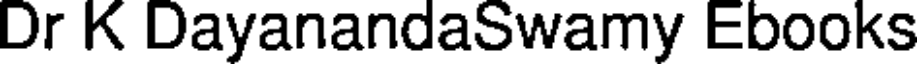
Dr K DayanandaSwamy Ebooks